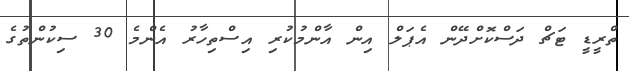
ތްރީޑީ ޓަޗް ދަސްކޮށްދޭން އެޕަލް އިން އާންމުކުރި އިސްތިހާރު އެންމެ 30 ސިކުންތުގެ